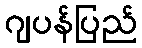
ဂျပန်ပြည်